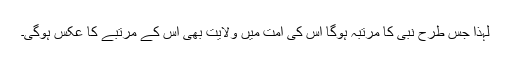
لہذا جس طرح نبی کا مرتبہ ہوگا اس کی امت میں ولایت بھی اس کے مرتبے کا عکس ہوگی۔